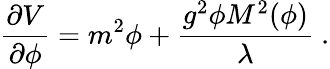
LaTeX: {\frac{\partial V}{\partial\phi}}={m^{2}\phi}+{\frac{g^{2}\phi M^{2}(\phi)}{\lambda}}\ .